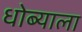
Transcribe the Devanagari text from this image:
धोब्याला